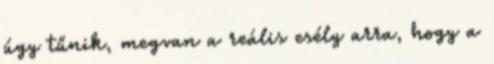
úgy tűnik, megvan a reális esély arra, hogy a